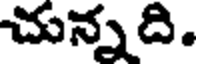
చున్నది.